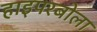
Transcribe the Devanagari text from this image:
हाइपरबोला